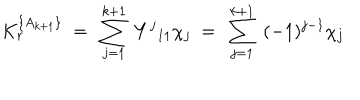
LaTeX: K _ { r } ^ { \{ A _ { k + 1 } \} } \ = \ \sum _ { j = 1 } ^ { k + 1 } \ { { Y } ^ { j } } _ { 1 1 } \chi _ { j } \ = \ \sum _ { j = 1 } ^ { k + 1 } \ ( - 1 ) ^ { j - 1 } \chi _ { j }